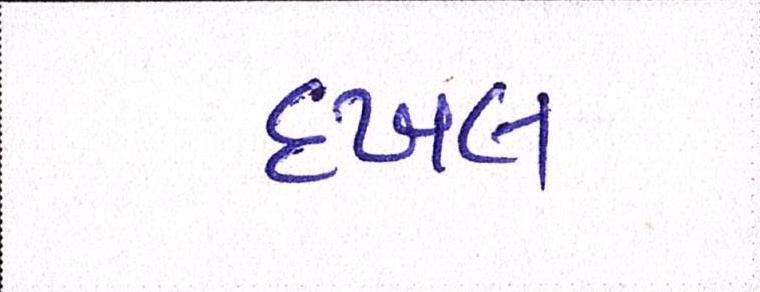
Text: દખલ